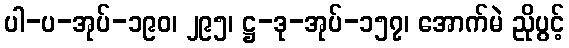
ပါ-ပ-အုပ်-၁၉၀၊ ၂၉၅၊ ဋ္ဌ-ဒု-အုပ်-၁၅၇၊ အောက်မဲ ညိုပွင့်